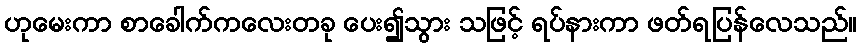
ဟုမေးကာ စာခေါက်ကလေးတခု ပေး၍သွား သဖြင့် ရပ်နားကာ ဖတ်ရပြန်လေသည်။